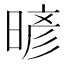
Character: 𰖙